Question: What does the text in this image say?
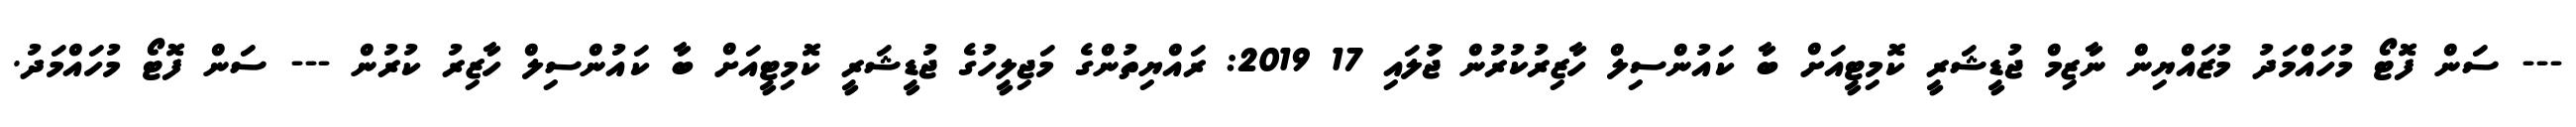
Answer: --- ސަން ފޮޓޯ މުހައްމަދު މުޒައްޔިން ނާޒިމް ޖުޑީޝަރީ ކޮމިޓީއަށް ބާ ކައުންސިލް ހާޒިރުކުރުން ޖުަލައި 17 2019: ރައްޔިތުންގެ މަޖިލީހުގެ ޖުޑީޝަރީ ކޮމިޓީއަށް ބާ ކައުންސިލް ހާޒިރު ކުރުން --- ސަން ފޮޓޯ މުހައްމަދު.